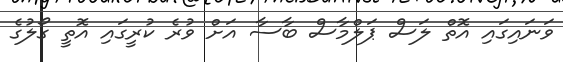
ވަނައިގައި އޮތް ލަސް ޕަލްމާސް ބާސާ އަށް ވުރެ ކުރީގައި އޮތީ ގޯލުގެ